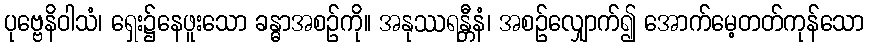
ပုဗ္ဗေနိဝါသံ၊ ရှေး၌နေဖူးသော ခန္ဓာအစဉ်ကို။ အနုဿရန္တီနံ၊ အစဉ်လျှောက်၍ အောက်မေ့တတ်ကုန်သော